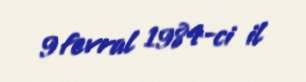
9 fevral 1984-ci il